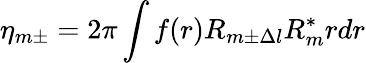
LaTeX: \eta_{m\pm}=2\pi\int f(r)R_{m\pm\Delta l}R_{m}^{*}rdr